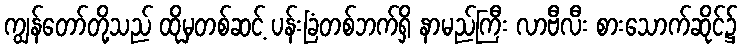
ကျွန်တော်တို့သည် ထိုမှတစ်ဆင့် ပန်းခြံတစ်ဘက်ရှိ နာမည်ကြီး လာဗီလီး စားသောက်ဆိုင်၌